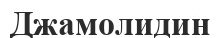
Джамолидин